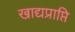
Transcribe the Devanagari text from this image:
खाद्यप्राप्ति